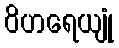
ဝိဟရေယျုံ